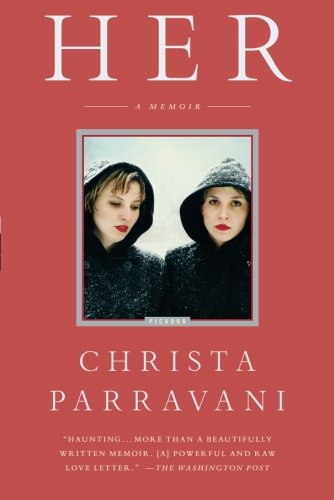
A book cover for Her: A Memoir; Christa Parravani; Parenting & Relationships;